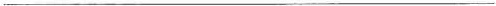
___